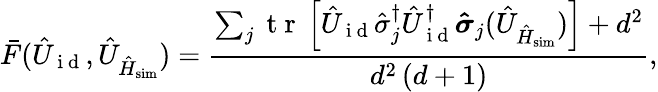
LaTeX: \bar{F}(\hat{U}_{\mathrm{~i~d~}},\hat{U}_{\hat{H}_{\mathrm{sim}}})=\frac{\sum_{j}\mathrm{~t~r~}\left[\hat{U}_{\mathrm{~i~d~}}\hat{\sigma}_{j}^{\dagger}\hat{U}_{\mathrm{~i~d~}}^{\dagger}\boldsymbol{\hat{\sigma}}_{j}(\hat{U}_{\hat{H}_{\mathrm{sim}}})\right]+d^{2}}{d^{2}\left(d+1\right)},